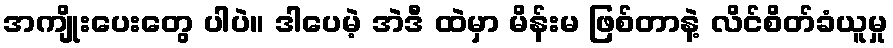
အကျိုးပေးတွေ ပါပဲ။ ဒါပေမဲ့ အဲဒီ ထဲမှာ မိန်းမ ဖြစ်တာနဲ့ လိင်စိတ်ခံယူမှု